Civil Veterinary Dept. Bombay admin report 1907-1913 - 1907-1913
Year: 1907
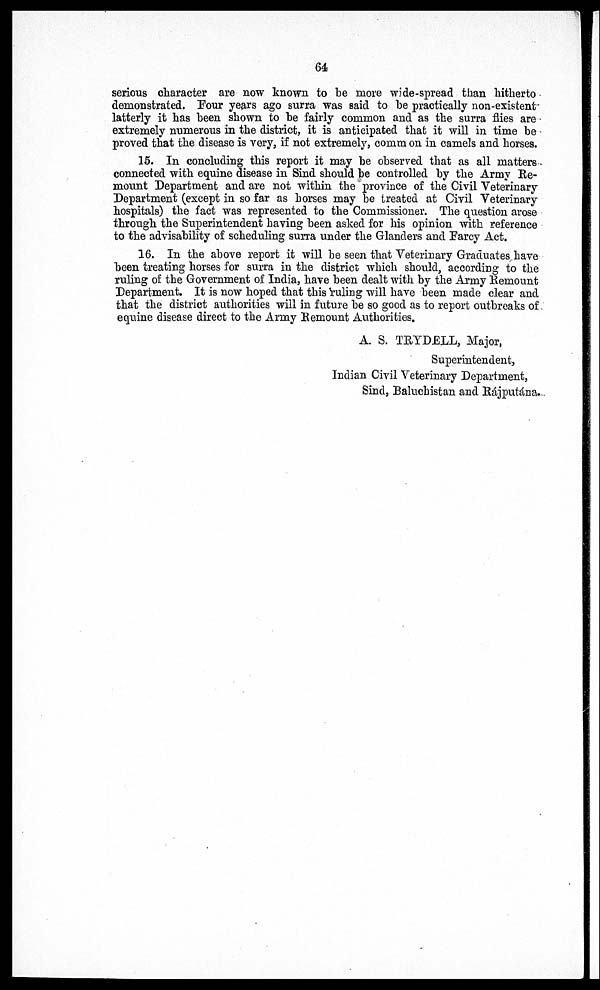
64
serious character are now known to be more wide-spread than hitherto
demonstrated. Four years ago surra was said to he practically non-existent
latterly it has been shown to he fairly common and as the surra flies are
extremely numerous in the district, it is anticipated that it will in time be
proved that the disease is very, if not extremely, coram on in camels and horses.
15. In concluding this report it may he observed that as all matters
connected with equine disease in Sind should he controlled by the Army Re-
mount Department and are not within the province of the Civil Veterinary
Department (except in so far as horses may be treated at Civil Veterinary
hospitals) the fact was represented to the Commissioner. The question arose
through the Superintendent having been asked for his opinion with reference
to the advisability of scheduling surra under the Glanders and Farcy Act.
16. In the above report it will be seen that Veterinary Graduates have
been treating horses for surra in the district which should, according to the
ruling of the Government of India, have been dealt with by the Army Remount
Department. It is now hoped that this ruling will have been made clear and
that the district authorities will in future be so good as to report outbreaks of
equine disease direct to the Army Remount Authorities.
A. S. TRYDELL, Major,
Superintendent,
Indian Civil Veterinary Department,
Sind, Baluchistan and Rájputána.